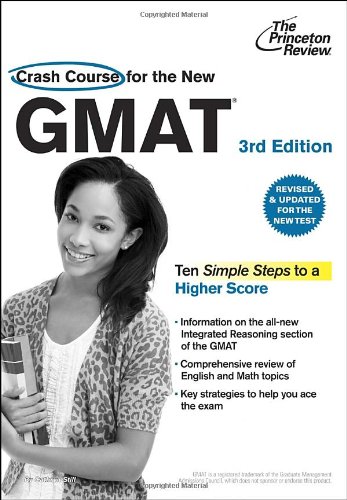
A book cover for Crash Course for the New GMAT, 3rd Edition: Revised and Updated for the New GMAT (Graduate School Test Preparation); Princeton Review; Test Preparation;